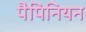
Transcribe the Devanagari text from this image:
पैपिनियन